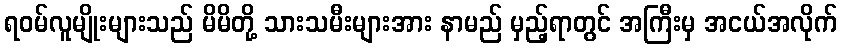
ရဝမ်လူမျိုးများသည် မိမိတို့ သားသမီးများအား နာမည် မှည့်ရာတွင် အကြီးမှ အငယ်အလိုက်